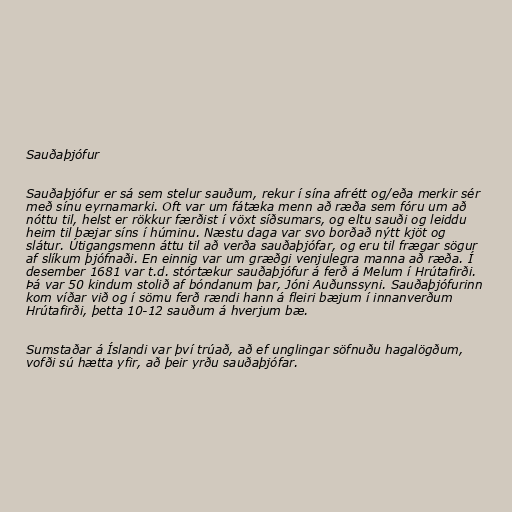
Sauðaþjófur

Sauðaþjófur er sá sem stelur sauðum, rekur í sína afrétt og/eða merkir sér
með sínu eyrnamarki. Oft var um fátæka menn að ræða sem fóru um að
nóttu til, helst er rökkur færðist í vöxt síðsumars, og eltu sauði og leiddu
heim til bæjar síns í húminu. Næstu daga var svo borðað nýtt kjöt og
slátur. Útigangsmenn áttu til að verða sauðaþjófar, og eru til frægar sögur
af slíkum þjófnaði. En einnig var um græðgi venjulegra manna að ræða. Í
desember 1681 var t.d. stórtækur sauðaþjófur á ferð á Melum í Hrútafirði.
Þá var 50 kindum stolið af bóndanum þar, Jóni Auðunssyni. Sauðaþjófurinn
kom víðar við og í sömu ferð rændi hann á fleiri bæjum í innanverðum
Hrútafirði, þetta 10-12 sauðum á hverjum bæ.

Sumstaðar á Íslandi var því trúað, að ef unglingar söfnuðu hagalögðum,
vofði sú hætta yfir, að þeir yrðu sauðaþjófar.